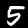
Label: 5